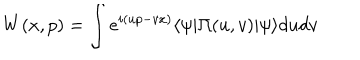
W ( x , p ) = \int e ^ { i ( u p - v x ) } \langle \psi | \Pi ( u , v ) | \psi \rangle d u d v